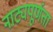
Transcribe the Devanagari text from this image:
नाट्यपूर्णता